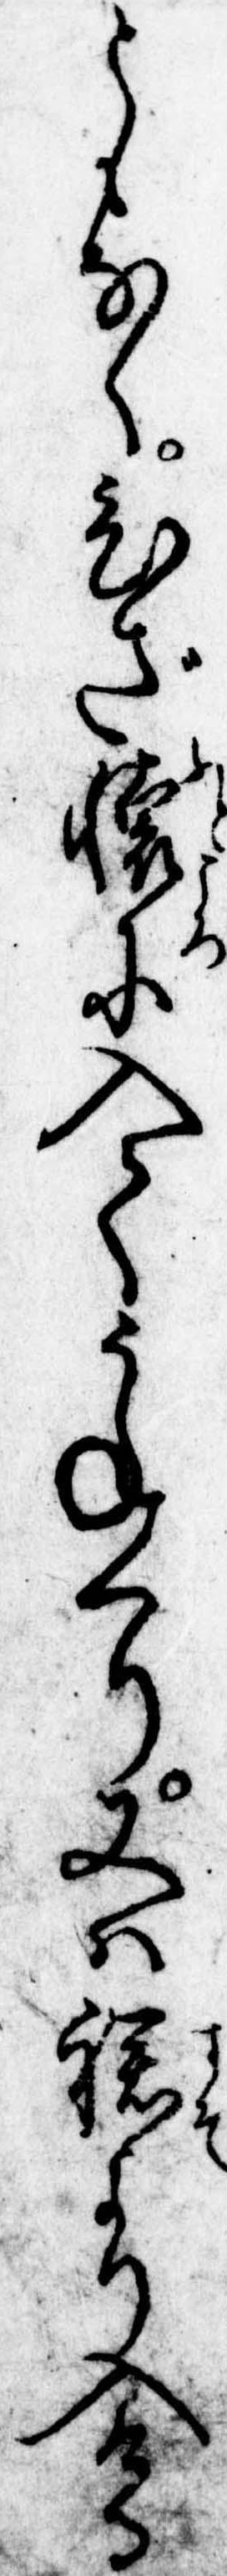
ともなくひざ懐に入てうねくり又は裾より入ける